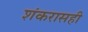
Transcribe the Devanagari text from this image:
शंकरासही